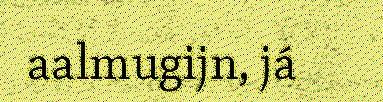
aalmugijn, já